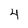
Character: 4